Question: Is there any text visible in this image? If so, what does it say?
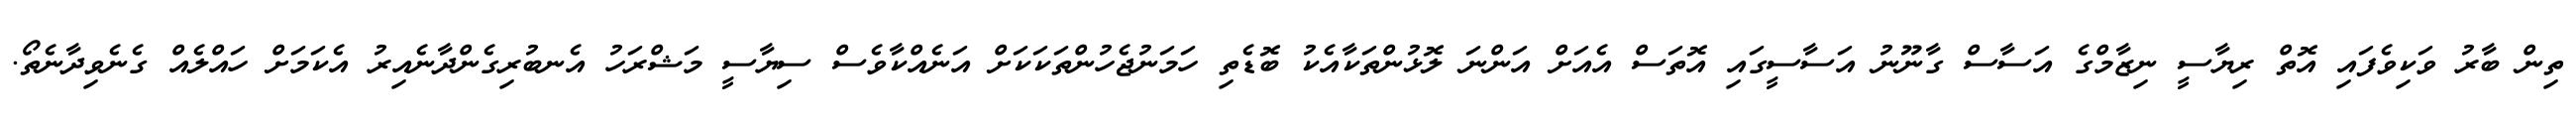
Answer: ތިން ބާރު ވަކިވެފައި އޮތް ރިޔާސީ ނިޒާމްގެ އަސާސް ގާނޫނު އަސާސީގައި އޮތަސް އެއަށް އަންނަ ލޮޅުންތަކާއެކު ބޮޑެތި ހަމަނުޖެހުންތަކަކަށް އަނެއްކާވެސް ސިޔާސީ މަޝްރަހު އެނބުރިގެންދާނެއިރު އެކަމަށް ހައްލެއް ގެނެވިދާނެތޯ.